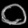
Digit: ၀